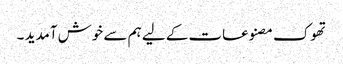
تھوک مصنوعات کے لیے ہم سے خوش آمدید ۔